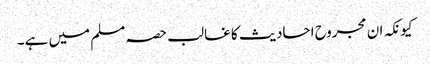
کیونکہ ان مجروح احادیث کا غالب حصہ مسلم میں ہے۔